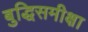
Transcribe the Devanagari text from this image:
बुद्धिसमीक्षा